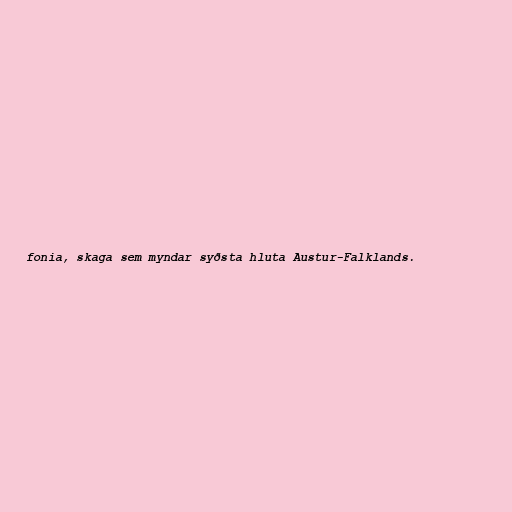
fonia, skaga sem myndar syðsta hluta Austur-Falklands.